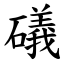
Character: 礒